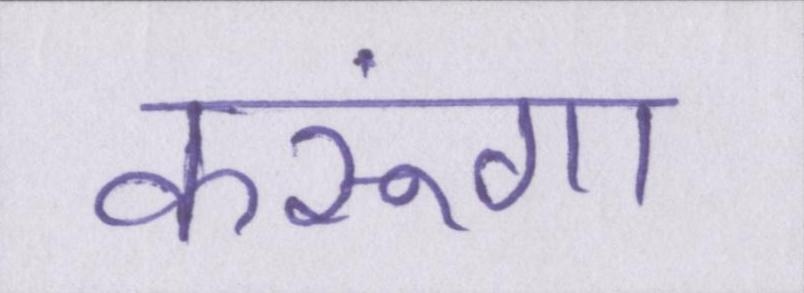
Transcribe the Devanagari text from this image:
करूंगा